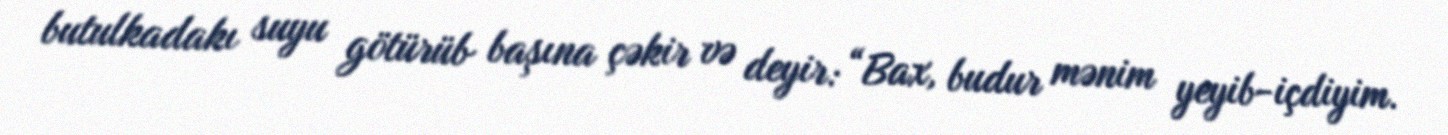
butulkadakı suyu götürüb başına çəkir və deyir: “Bax, budur mənim yeyib-içdiyim.